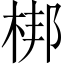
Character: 梆